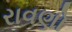
રાવણો